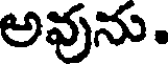
అవును.